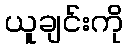
ယူချင်းကို